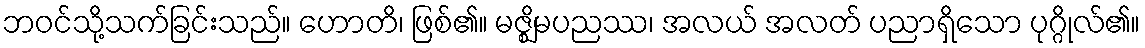
ဘဝင်သို့သက်ခြင်းသည်။ ဟောတိ၊ ဖြစ်၏။ မဇ္ဈိမပညဿ၊ အလယ် အလတ် ပညာရှိသော ပုဂ္ဂိုလ်၏။